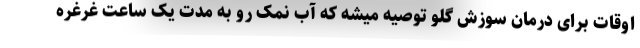
اوقات برای درمان سوزش گلو توصیه میشه که آب نمک رو به مدت یک ساعت غرغره